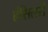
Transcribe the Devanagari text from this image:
एंसिलरी